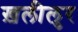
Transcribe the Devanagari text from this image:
ख़लीलुर